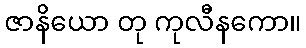
ဇာနိယော တု ကုလီနကော။